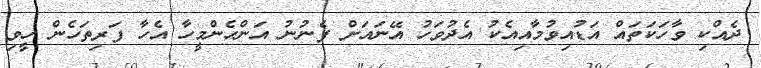
ދެއްކި ވާހަކަތައް އަޑުއިވުމާއިއެކު އެދުވަހު އޭނަައަށް ފެނުނު އަންހެންމީހާ އެހާ ފަރިތަހެން ހީވި